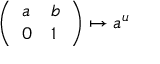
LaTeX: { \left( \begin{array} { l l } { a } & { b } \\ { 0 } & { 1 } \end{array} \right) } \mapsto a ^ { u }